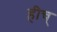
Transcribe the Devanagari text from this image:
हीच्